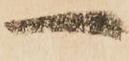
一